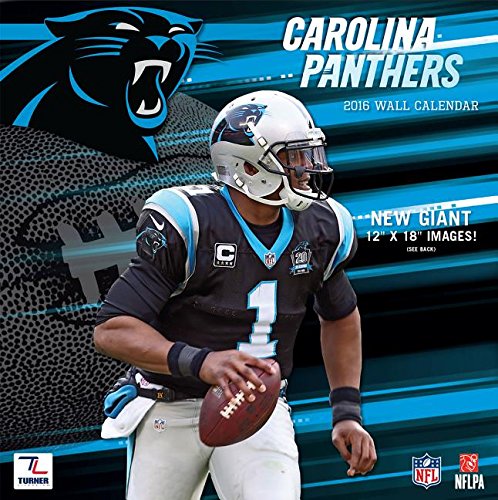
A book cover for Carolina Panthers; Calendars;